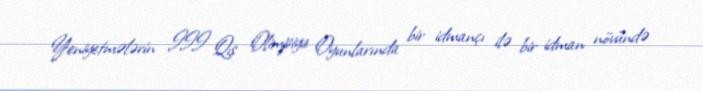
Yeniyetmələrin III Qış Olimpiya Oyunlarında bir idmançı ilə bir idman növündə